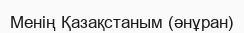
Менің Қазақстаным (әнұран)